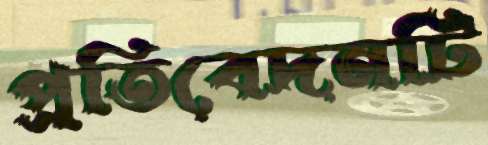
প্রতিবেদনটি